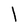
Character: l